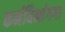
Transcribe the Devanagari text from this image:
कर्मविभांगगा